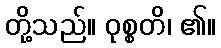
တို့သည်။ ဝုစ္စတိ၊ ၏။